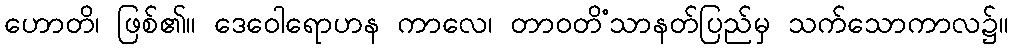
ဟောတိ၊ ဖြစ်၏။ ဒေဝေါရောဟန ကာလေ၊ တာဝတိံသာနတ်ပြည်မှ သက်သောကာလ၌။